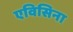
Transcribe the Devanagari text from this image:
एविसिना